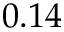
0 . 1 4